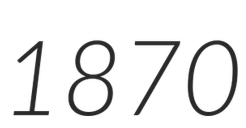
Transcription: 1870